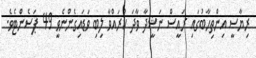
ރިޔާސީ އިންތިހާބުގައި ރައީސް ނަޝީދާ ވާދަ ކުރައްވާ ލިބި ވަޑައިގެންނެވީ 49 ޕަސެންޓެވެ.